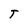
Character: T